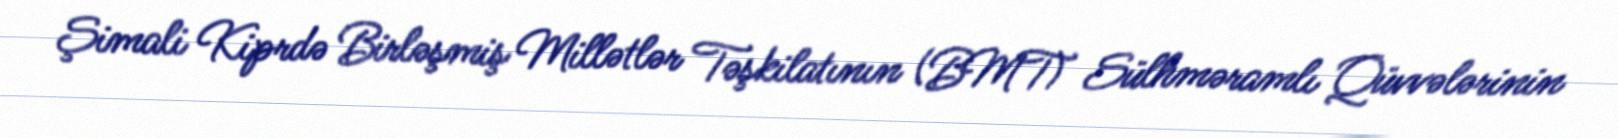
Şimali Kiprdə Birləşmiş Millətlər Təşkilatının (BMT) Sülhməramlı Qüvvələrinin